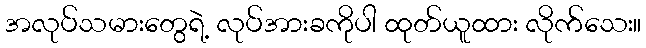
အလုပ်သမားတွေရဲ့ လုပ်အားခကိုပါ ထုတ်ယူထား လိုက်သေး။